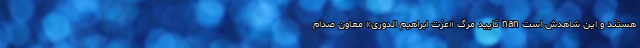
هستند و این شاهدش است nan تایید مرگ «عزت ابراهیم الدوری» معاون صدام